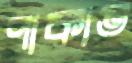
পাকাত